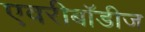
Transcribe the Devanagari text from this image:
एवरीबॉडीज